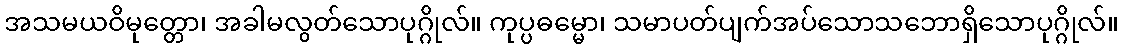
အသမယဝိမုတ္တော၊ အခါမလွတ်သောပုဂ္ဂိုလ်။ ကုပ္ပဓမ္မော၊ သမာပတ်ပျက်အပ်သောသဘောရှိသောပုဂ္ဂိုလ်။